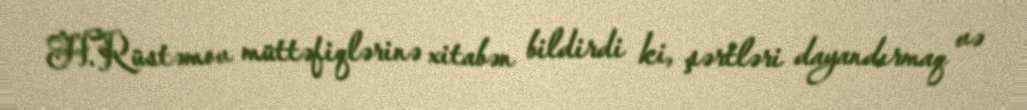
H.Rüstəmov müttəfiqlərinə xitabən bildirdi ki, şərtləri dayandırmaq və